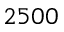
2 5 0 0